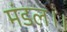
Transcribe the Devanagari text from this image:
मंडल।।